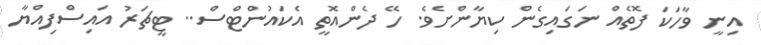
އިނީ ވާހަކަ ފޮތެއް ނަގައިގެން ކިޔާންށެވެ. ހޭ ދެންއޮތީ އެކައުންޓްސް.. ޓީޗަރު އައިސްފިއްޔާ